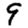
Digit: 9